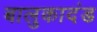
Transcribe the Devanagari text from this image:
बालुकादंड